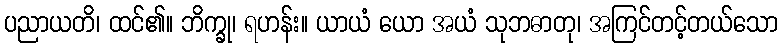
ပညာယတိ၊ ထင်၏။ ဘိက္ခု၊ ရဟန်း။ ယာယံ ယော အယံ သုဘဓာတု၊ အကြင်တင့်တယ်သော